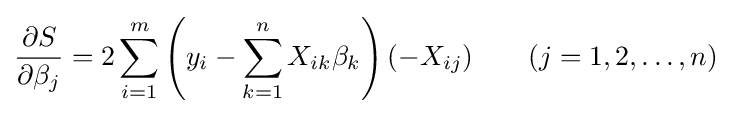
{\frac {\partial S}{\partial \beta _{j}}}=2\sum _{i=1}^{m}\left(y_{i}-\sum _{k=1}^{n}X_{ik}\beta _{k}\right)(-X_{ij})\qquad (j=1,2,\dots ,n)